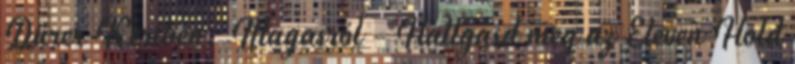
Dürer Kertben. Magasról - Hallgasd meg az Eleven Hold